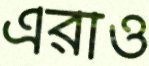
এরাও